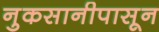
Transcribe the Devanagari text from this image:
नुकसानीपासून